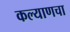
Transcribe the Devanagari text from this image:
कल्याणचा